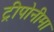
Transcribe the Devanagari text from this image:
ट्रीपोनीमा